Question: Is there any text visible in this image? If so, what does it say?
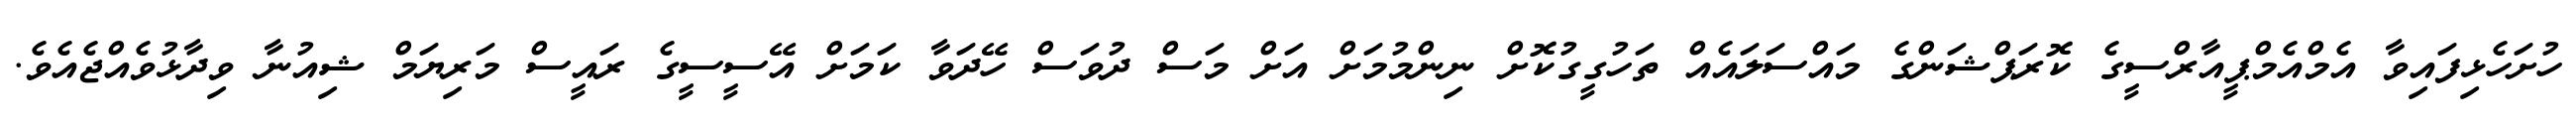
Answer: ހުށަހެޅިފައިވާ އެމްއެމްޕީއާރްސީގެ ކޮރަޕްޝަންގެ މައްސަލައެއް ތަހުގީގުކޮށް ނިންމުމަށް އަށް މަސް ދުވަސް ހޭދަވާ ކަމަށް އޭސީސީގެ ރައީސް މަރިޔަމް ޝިއުނާ ވިދާޅުވެއްޖެއެވެ.